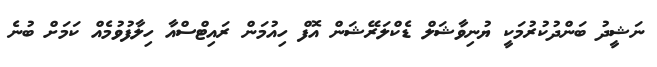
ނަޝީދު ބަންދުކުރުމަކީ ޔުނިވާޝަލް ޑެކްލަރޭޝަން އޮފް ހިއުމަން ރައިޓްސްއާ ހިލާފުވުމެއް ކަމަށް ބުނެ